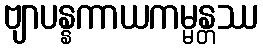
ဗျာပန္နကာယကမ္မန္တဿ